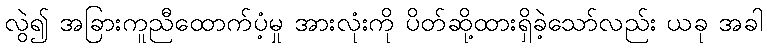
လွဲ၍ အခြားကူညီထောက်ပံ့မှု အားလုံးကို ပိတ်ဆို့ထားရှိခဲ့သော်လည်း ယခု အခါ